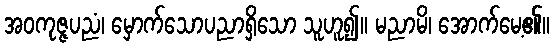
အဝကုဇ္ဇပညံ၊ မှောက်သောပညာရှိသော သူဟူ၍။ မညာမိ၊ အောက်မေ့၏။